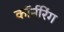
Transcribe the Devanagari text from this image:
कॉर्नरिंग